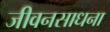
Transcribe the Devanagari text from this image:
जीवनसाधना